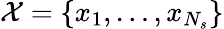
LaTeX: \mathcal{X}=\{ x_{1},\ldots,x_{N_{s}}\}